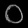
Digit: ၀